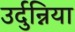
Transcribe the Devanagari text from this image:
उर्दुन्निया